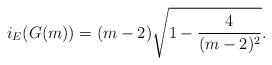
LaTeX: \begin{align*} i_E(G(m)) = (m-2) \sqrt{1-\frac{4}{(m-2)^2}}.\end{align*}